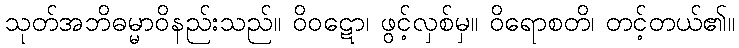
သုတ်အဘိဓမ္မာဝိနည်းသည်။ ဝိဝဋော၊ ဖွင့်လှစ်မှ။ ဝိရောစတိ၊ တင့်တယ်၏။